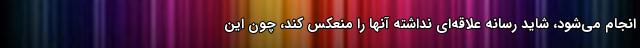
انجام می‌شود، شاید رسانه علاقه‌ای نداشته آنها را منعکس کند، چون این